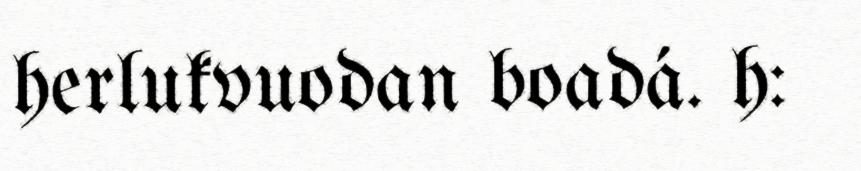
herlukvuodan boadá. h: